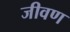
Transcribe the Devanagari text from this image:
जीवण